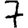
Digit: 7